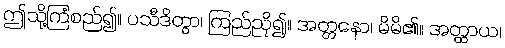
ဤသို့ကြံစည်၍။ ပသီဒိတွာ၊ ကြည်ညို၍။ အတ္တနော၊ မိမိ၏။ အတ္ထာယ၊